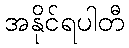
အနိုင်ရပါတီ